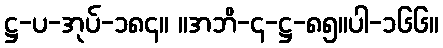
ဋ္ဌ-ပ-အုပ်-၁၈၄။ ။အဘိ-၄-ဋ္ဌ-၈၅။ပါ-၁၆၆။